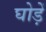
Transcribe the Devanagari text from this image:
घोड़ें